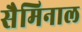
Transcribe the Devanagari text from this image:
सैमिनाल